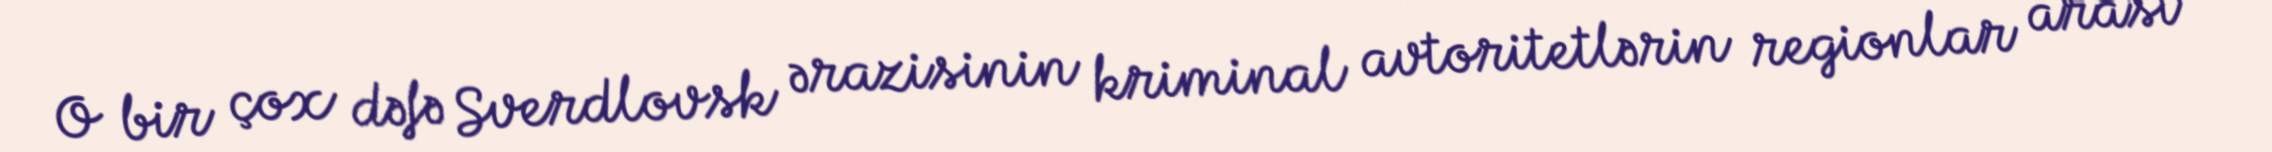
O bir çox dəfə Sverdlovsk ərazisinin kriminal avtoritetlərin regionlar arası